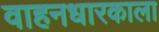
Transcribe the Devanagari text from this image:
वाहनधारकाला